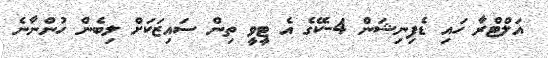
އަލްޓްރާ ހައި ޑެފިނިޝަން 4-ކޭގެ އެ ޓީވީ ތިން ސައިޒަކަށް ލިބެން ހުންނާނެ